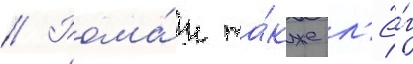
// Рома́н та́кже л'ё́г